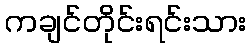
ကချင်တိုင်းရင်းသား